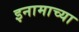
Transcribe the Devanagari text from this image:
इनामाच्या